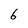
Character: 6